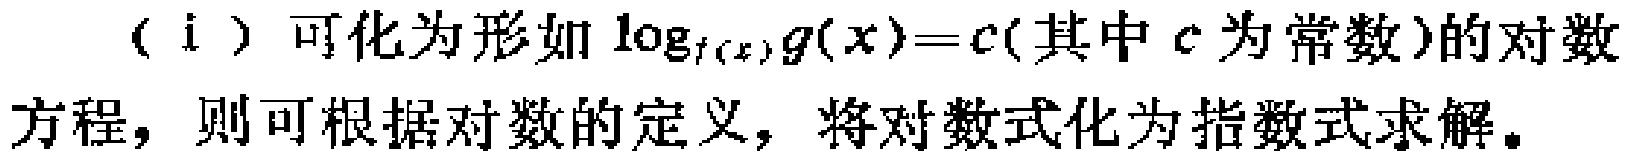
（ⅰ）可化为形如\(\log_{f(x)}g(x)=c\)（其中\(c\)为常数）的对数方程，则可根据对数的定义，将对数式化为指数式求解。